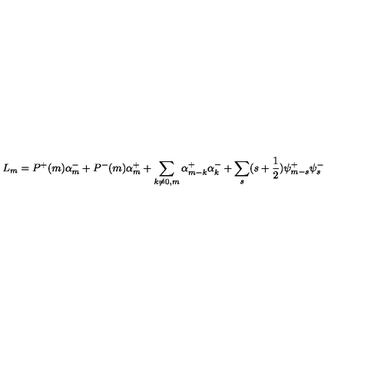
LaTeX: L _ { m } = P ^ { + } ( m ) \alpha _ { m } ^ { - } + P ^ { - } ( m ) \alpha _ { m } ^ { + } + \sum _ { k \ne 0 , m } \alpha _ { m - k } ^ { + } \alpha _ { k } ^ { - } + \sum _ { s } ( s + \frac { 1 } { 2 } ) \psi _ { m - s } ^ { + } \psi _ { s } ^ { - }